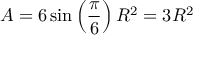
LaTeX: A = 6 \sin \left( { \frac { \pi } { 6 } } \right) R ^ { 2 } = 3 R ^ { 2 }